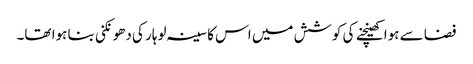
فضا سے ہوا کھینچنے کی کوشش میں اس کا سینہ لوہار کی دھونکنی بنا ہوا تھا۔